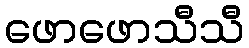
ဖောဖောသီသီ